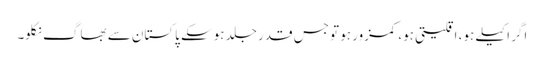
اگر اکیلے ہو، اقلیتی ہو، کمزور ہو تو جس قدر جلد ہوسکے پاکستان سے بھاگ نکلو۔